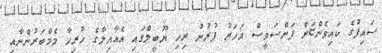
ސައިފުގެ ކައިވެންޏަށް ފަންސަވީސް އަހަރު ފުރުނު ރިހި ޔޫބީލްގައި އެއާއިލާގެ ހުރިހާ މެމްބަރުންނާއި